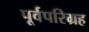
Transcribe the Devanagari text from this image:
पूर्वपरिग्रह